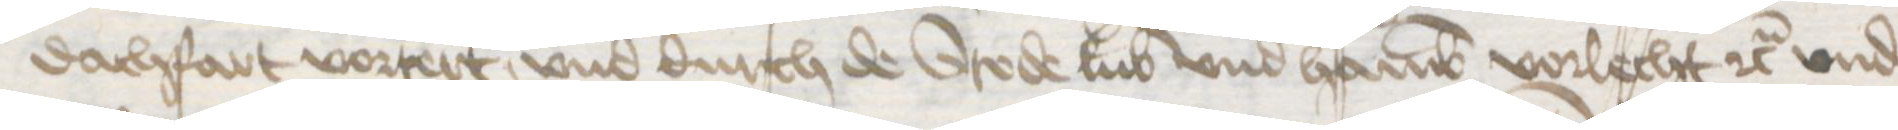
dachfart vortert, vnd durch de Stede Lubek vnd Hamburg vorlecht etc. vnd